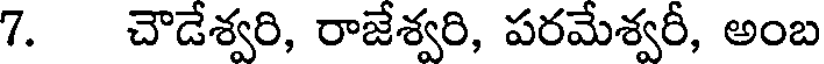
7. చౌడేశ్వరి, రాజేశ్వరి, పరమేశ్వరీ, అంబ